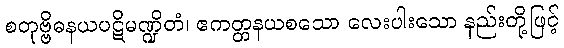
စတုဗ္ဗိဓနယပဋိမဏ္ဍိတံ၊ ဧကတ္တနယစသော လေးပါးသော နည်းတို့ဖြင့်